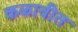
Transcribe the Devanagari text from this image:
कळावीत